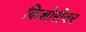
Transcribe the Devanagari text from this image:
किशोरीवर